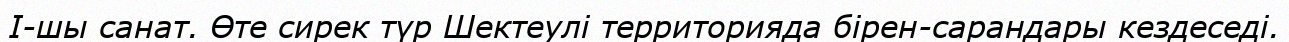
I-шы санат. Өте сирек түр Шектеулі территорияда бірен-сарандары кездеседі.